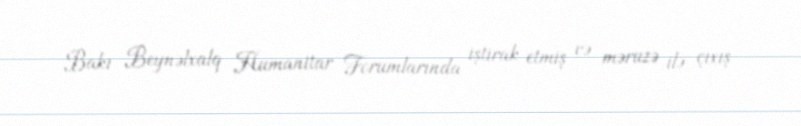
Bakı Beynəlxalq Humanitar Forumlarında iştirak etmiş və məruzə ilə çıxış